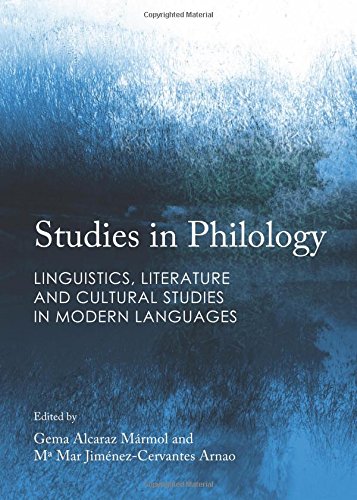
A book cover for Studies in Philology: Linguistics, Literature and Cultural Studies in Modern Languages; M. Mar Jimenez-cervantes Arnao; Politics & Social Sciences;